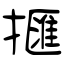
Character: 擓